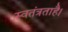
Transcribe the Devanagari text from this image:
स्वतंत्रताहै।